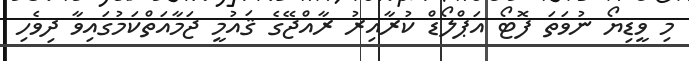
މި ވީޑިޔޯ ނުވަތަ ފޮޓޯ އަޕްލޯޑް ކުރާއިރު ރާއްޖޭގެ ޤައުމީ ޖަމާއަތްކަމުގައިވާ ދިވެހި